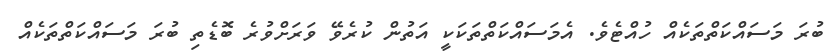
ބުރަ މަސައްކަތްތަކެއް ހުއްޓެވެ. އެމަސައްކަތްތަކަކީ އަތުން ކުރެވޭ ވަރަށްވުރެ ބޮޑެތި ބުރަ މަސައްކަތްތަކެއް